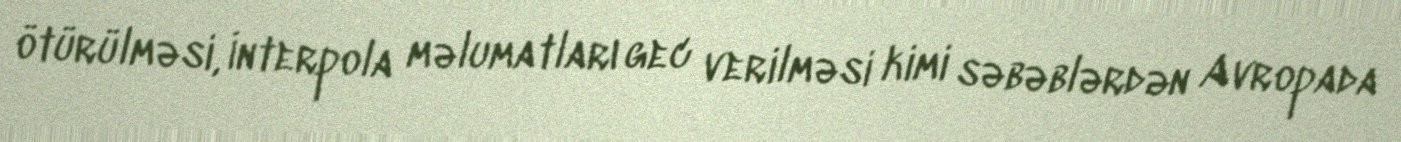
ötürülməsi, İnterpola məlumatları gec verilməsi kimi səbəblərdən Avropada